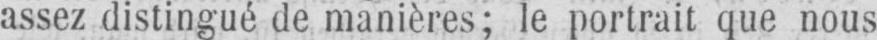
assez distingué de manières; le portrait que nous